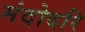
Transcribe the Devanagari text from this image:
मंदोदरि